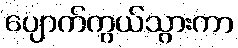
ပျောက်ကွယ်သွားကာ